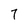
Character: 7